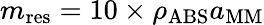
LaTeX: m_{\mathrm{res}}=10\times\rho_{\mathrm{ABS}}a_{\mathrm{MM}}